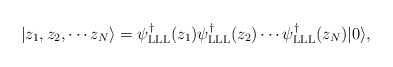
\begin{align*}| z_1, z_2, \cdots z_N \rangle = \psi^\dag_{\rm LLL} (z_1) \psi^\dag_{\rm LLL} (z_2) \cdots \psi^\dag_{\rm LLL}(z_N) | 0 \rangle ,\end{align*}